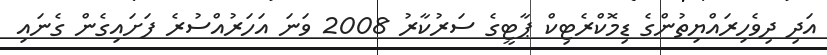
އަދި ދިވެހިރައްޔިތުންގެ ޑިމޮކްރެޓިކް ޕާޓީގެ ސަރުކާރު 2008 ވަނަ އަހަރުއްސުރެ ފަށައިގެން ގެނައި